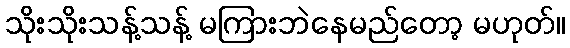
သိုးသိုးသန့်သန့် မကြားဘဲနေမည်တော့ မဟုတ်။